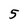
Character: 5